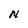
Character: N